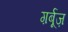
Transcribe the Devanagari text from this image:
ग़र्बूज़